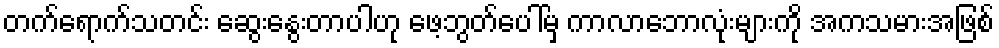
တက်ရောက်သတင်း ဆွေးနွေးတာပါဟု ဖေ့ဘွတ်ပေါ်မှ ကာလာဘောလုံးများကို အကသမားအဖြစ်